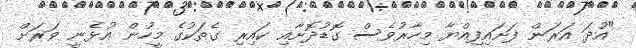
"އުދަ އަރަން ފަށައިފިއްޔާ މިހާރުވެސް ގޮޑުދޮށާއި ކައިރި ގެތަކުގެ މީހުން އުޅެނީ ވަރަށް